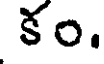
కం.